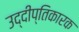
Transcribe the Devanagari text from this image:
उद्दीप्तिकारक